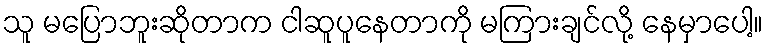
သူ မပြောဘူးဆိုတာက ငါဆူပူနေတာကို မကြားချင်လို့ နေမှာပေါ့။